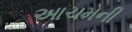
આચમની